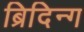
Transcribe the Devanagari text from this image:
ब्रिदिन्ग